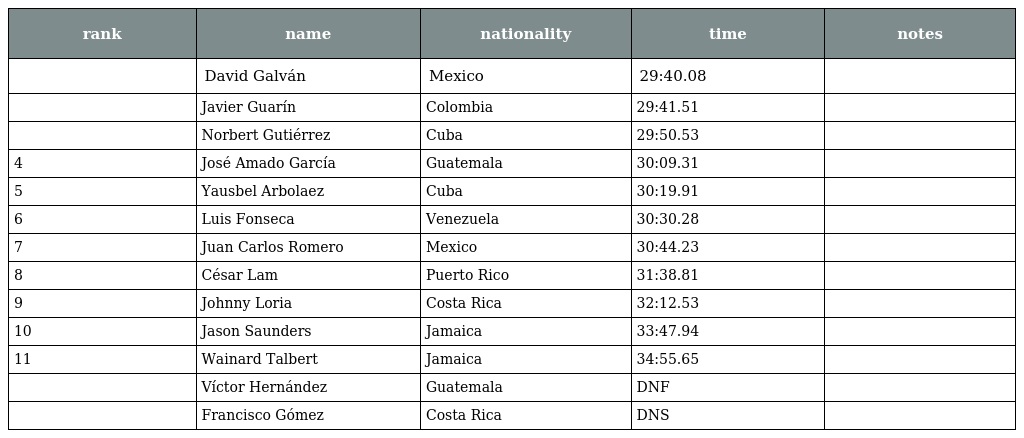
| rank | name | nationality | time | notes |
 | --- | --- | --- | --- | --- |
 |  | David Galván | Mexico | 29:40.08 |  |
 |  | Javier Guarín | Colombia | 29:41.51 |  |
 |  | Norbert Gutiérrez | Cuba | 29:50.53 |  |
 | 4 | José Amado García | Guatemala | 30:09.31 |  |
 | 5 | Yausbel Arbolaez | Cuba | 30:19.91 |  |
 | 6 | Luis Fonseca | Venezuela | 30:30.28 |  |
 | 7 | Juan Carlos Romero | Mexico | 30:44.23 |  |
 | 8 | César Lam | Puerto Rico | 31:38.81 |  |
 | 9 | Johnny Loria | Costa Rica | 32:12.53 |  |
 | 10 | Jason Saunders | Jamaica | 33:47.94 |  |
 | 11 | Wainard Talbert | Jamaica | 34:55.65 |  |
 |  | Víctor Hernández | Guatemala | DNF |  |
 |  | Francisco Gómez | Costa Rica | DNS |  |